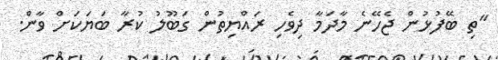
"ތި ބޭފުޅުން ޖެހޭނެ މާދަމާ ދިވެހި ރައްޔިތުން ގަބޫލު ކުރާ ބަޔަކަށް ވާން.